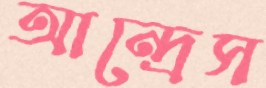
আন্দ্রেস